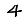
Digit: 4